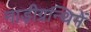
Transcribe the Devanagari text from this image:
नाड़ीग्रन्थिमें